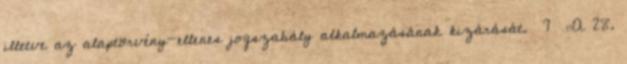
illetve az alaptörvény-ellenes jogszabály alkalmazásának kizárását. 7 „A 28.